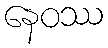
နေဝဿ